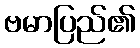
ဗမာပြည်၏